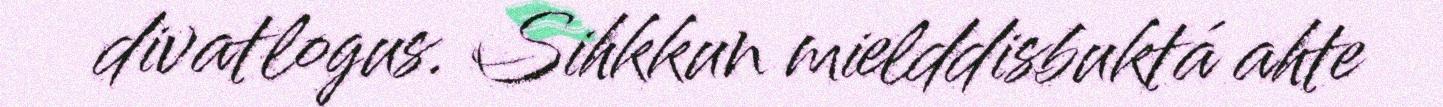
divatlogus. Sihkkun mielddisbuktá ahte